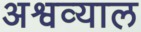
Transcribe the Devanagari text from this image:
अश्वव्याल